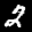
Label: 2